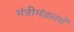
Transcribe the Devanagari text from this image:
मंत्रीमंडलमें